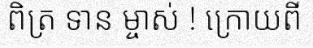
ពិត្រ ទាន ម្ចាស់ ! ក្រោយពី